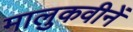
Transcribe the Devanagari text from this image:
मालुकवीनें